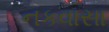
નકવાસા